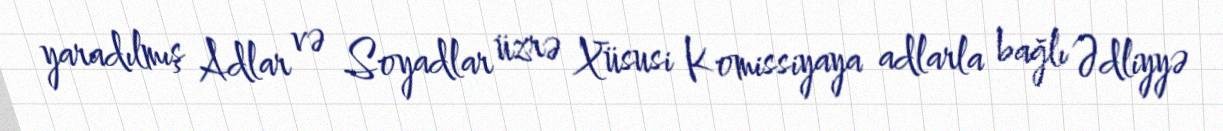
yaradılmış Adlar və Soyadlar üzrə Xüsusi Komissiyaya adlarla bağlı Ədliyyə